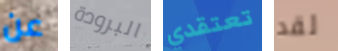
عن البرودة تعتقدي لقد